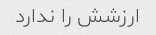
ارزشش را ندارد